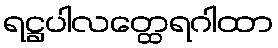
ရဋ္ဌပါလတ္ထေရဂါထာ